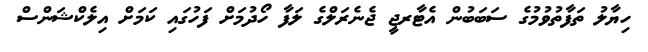
ހިޔާލު ތަފާތުވުމުގެ ސަބަބުން އެޓާރޖީ ޖެނެރަލްގެ ލަފާ ހޯދުމަށް ފަހުގައި ކަމަށް އިލެކްޝަންސް